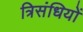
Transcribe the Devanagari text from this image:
त्रिसंधियों